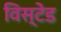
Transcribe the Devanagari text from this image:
विस्टेड